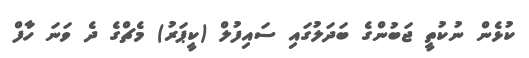
ކުޅެން ނުކުތީ ޖަބުންގެ ބަދަލުގައި ސައިފުލް (ކީޕަރު) މެޗްގެ ދެ ވަނަ ހާފް